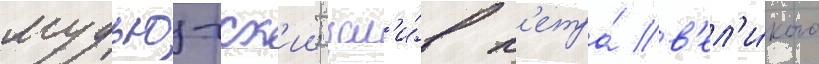
мудьюгск'ии; зал'и́в п'етра́ в'ел'и́кого